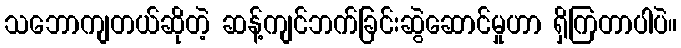
သဘောကျတယ်ဆိုတဲ့ ဆန့်ကျင်ဘက်ခြင်းဆွဲဆောင်မှုဟာ ရှိကြတာပါပဲ။